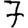
Digit: 7